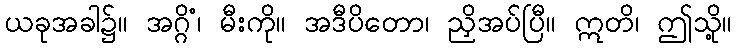
ယခုအခါ၌။ အဂ္ဂိံ၊ မီးကို။ အဒီပိတော၊ ညှိအပ်ပြီ။ ဣတိ၊ ဤသို့။